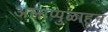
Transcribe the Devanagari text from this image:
अलाप्पुळाहून